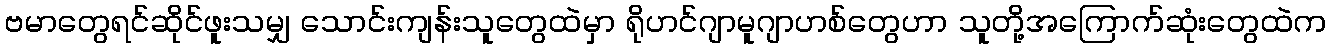
ဗမာတွေရင်ဆိုင်ဖူးသမျှ သောင်းကျန်းသူတွေထဲမှာ ရိုဟင်ဂျာမူဂျာဟစ်တွေဟာ သူတို့အကြောက်ဆုံးတွေထဲက